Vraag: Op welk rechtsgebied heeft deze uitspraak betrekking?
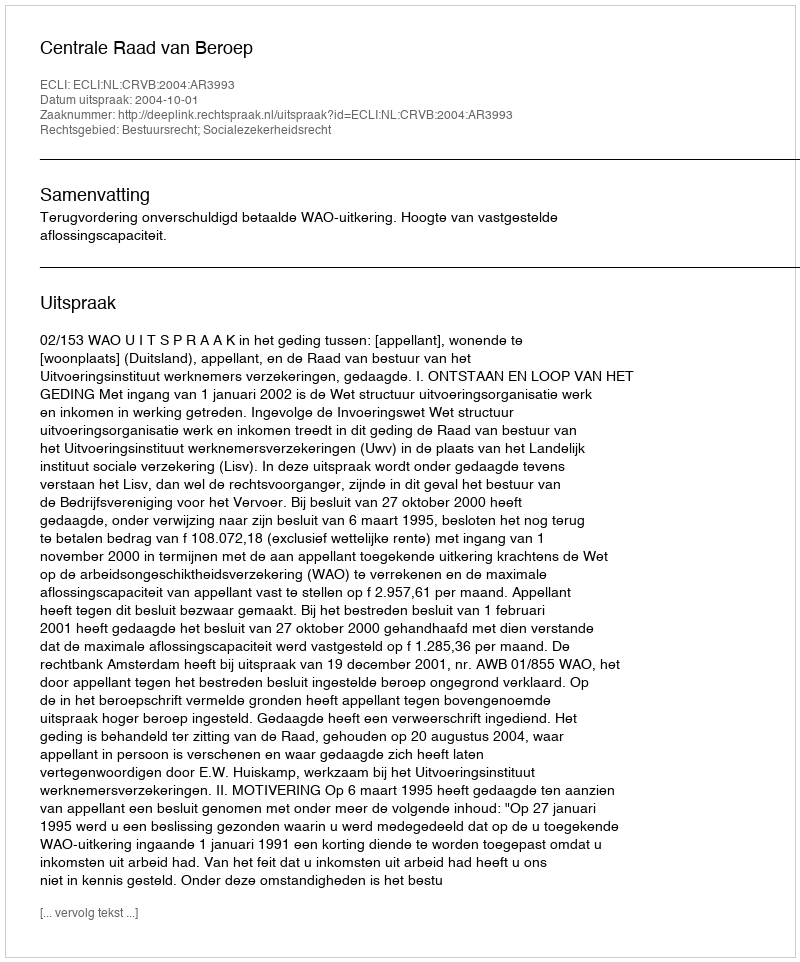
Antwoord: Bestuursrecht; Socialezekerheidsrecht